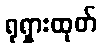
ရုရှားထုတ်